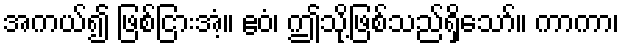
အကယ်၍ ဖြစ်ငြားအံ့။ ဧဝံ၊ ဤသို့ဖြစ်သည်ရှိသော်။ ကာကာ၊